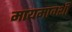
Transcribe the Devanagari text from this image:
मायमावशी